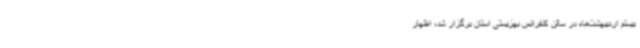
بیستم اردیبهشت‌ماه در سالن کنفرانس بهزیستی استان برگزار شد، اظهار